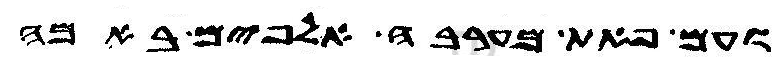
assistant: ועם פאת מערבה אלפים באמה